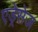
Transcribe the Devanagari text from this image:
एड्रेसेज